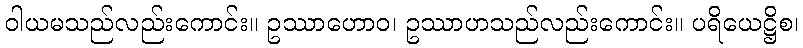
ဝါယမသည်လည်းကောင်း။ ဥဿာဟောဝ၊ ဥဿာဟသည်လည်းကောင်း။ ပရိယေဋ္ဌိစ၊